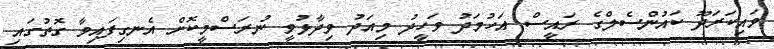
ވައިކަރަދޫ ކައުންސެލްގެ ރައީސް އަހުމަދު ވަހީދު މިއަދު ވިދާޅުވީ ނުރަސްމީކޮށް އެނގިފައިވާ ގޮތުގައި